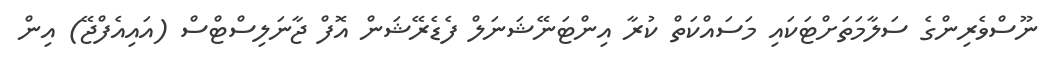
ނޫސްވެރިންގެ ސަލާމަތަށްޓަކައި މަސައްކަތް ކުރާ އިންޓަނޭޝަނަލް ފެޑެރޭޝަން އޮފް ޖާނަލިސްޓްސް (އައިއެފްޖޭ) އިން